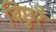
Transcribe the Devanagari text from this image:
बिछुरै